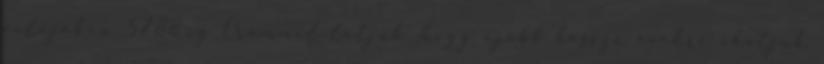
valójában 5788-ig Örömmel látjuk, hogy újabb hosszú évekre ihatjuk